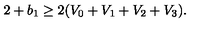
2 + b _ { 1 } \geq 2 ( V _ { 0 } + V _ { 1 } + V _ { 2 } + V _ { 3 } ) .